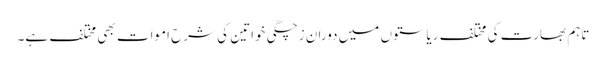
تاہم بھارت کی مختلف ریاستوں میں دوران زچگی خواتین کی شرح اموات بھی مختلف ہے۔